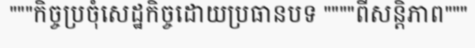
"""កិច្ចប្រចុំសេដ្ឋកិច្ចដោយប្រធានបទ """"ពីសន្តិភាព"""